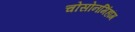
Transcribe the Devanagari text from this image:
चोसोनमिंहांग